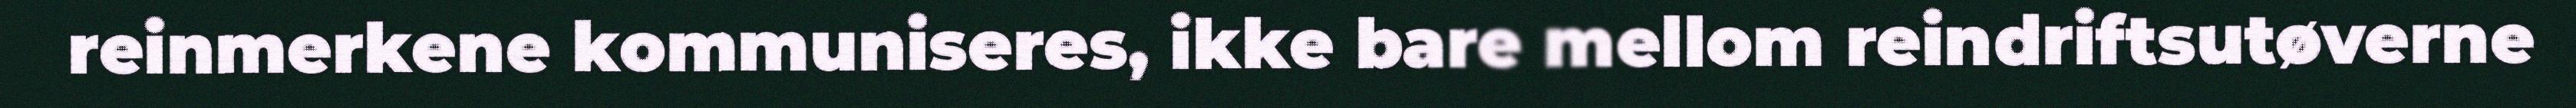
reinmerkene kommuniseres, ikke bare mellom reindriftsutøverne